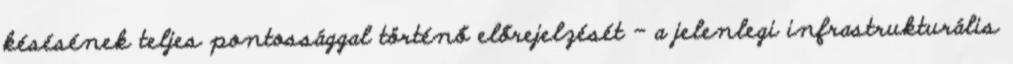
késésének teljes pontossággal történő előrejelzését – a jelenlegi infrastrukturális